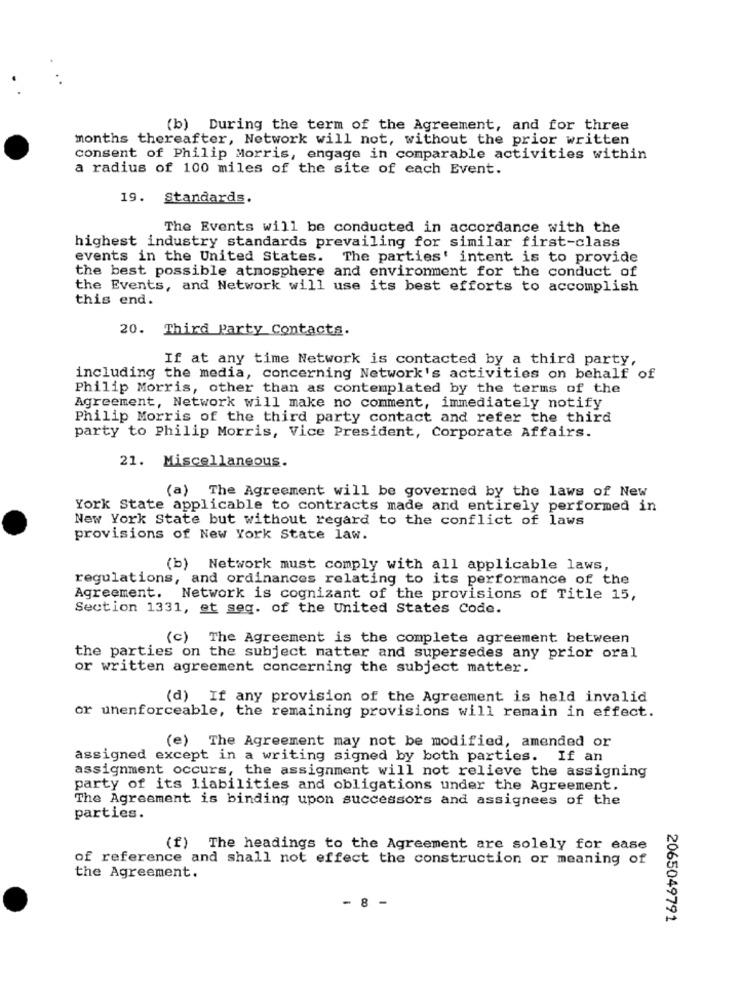
(b) During the term of the Agreement, and for three
months thereafter, Network will not, without the prior written
consent of Philip Morris, engage in comparable activities within
a radius of 100 miles of the site of each Event.
19. Standards.
The Events will be conducted in accordance with the
highest industry standards prevailing for similar first-class
events in the United States.
The parties' intent is to provide
the best possible atmosphere and environment for the conduct of
the Events, and Network will use its best efforts to accomplish
this end.
20. Third Party Contacts.
If at any time Network is contacted by a third party,
including the media, concerning Network's activities on behalf of
Philip Morris, other than as contemplated by the terms of the
Agreement, Network will make no comment, immediately notify
Philip Morris of the third party contact and refer the third
party to Philip Morris, Vice President, Corporate Affairs.
21. Miscellaneous.
(a) The Agreement will be governed by the laws of New
York State applicable to contracts made and entirely performed in
New York State but without regard to the conflict of laws
provisions of New York State law.
(b) Network must comply with all applicable laws,
regulations, and ordinances relating to its performance of the
Agreement. Network is cognizant of the provisions of Title 15,
Section 1331, et seq. of the United States Code.
(c) The Agreement is the complete agreement between
the parties on the subject matter and supersedes any prior oral
or written agreement concerning the subject matter.
(d) If any provision of the Agreement is held invalid
or unenforceable, the remaining provisions will remain in effect.
(e) The Agreement may not be modified, amended or
assigned except in a writing signed by both parties. If an
assignment occurs, the assignment will not relieve the assigning
party of its liabilities and obligations under the Agreement.
The Agreement is binding upon successors and assignees of the
parties.
(f) The headings to the Agreement are solely for ease
of reference and shall not effect the construction or meaning of
the Agreement.
- 8 -
2065049791